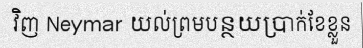
វិញ Neymar យល់ព្រមបន្ថយប្រាក់ខែខ្លួន